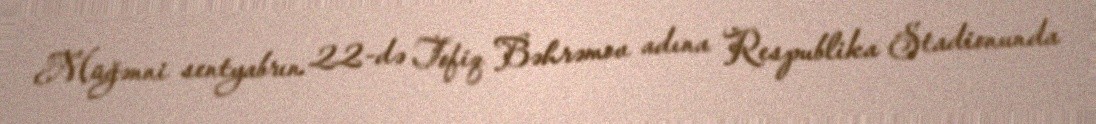
Müğənni sentyabrın 22-də Tofiq Bəhrəmov adına Respublika Stadionunda